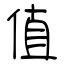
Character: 值